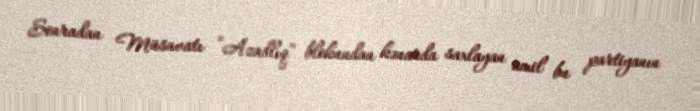
Sonradan Müsavatı “Azadlıq” blokundan kənarda saxlayan amil bu partiyanın